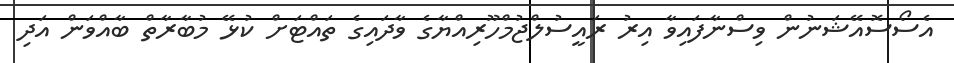
އެސޯސޮއޭޝަނުން ވިސްނާފައިވާ އިރު ރައީސުލްޖުމްހޫރިއްޔާގެ ވާދައިގެ ތައްޓަށް ކުޅޭ މުބާރާތް ބާއްވަން އަދި